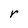
Character: r